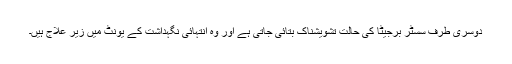
دوسری طرف سسٹر برجیٹا کی حالت تشویشناک بتائی جاتی ہے اور وہ انتہائی نگہداشت کے یونٹ میں زیر علاج ہیں۔